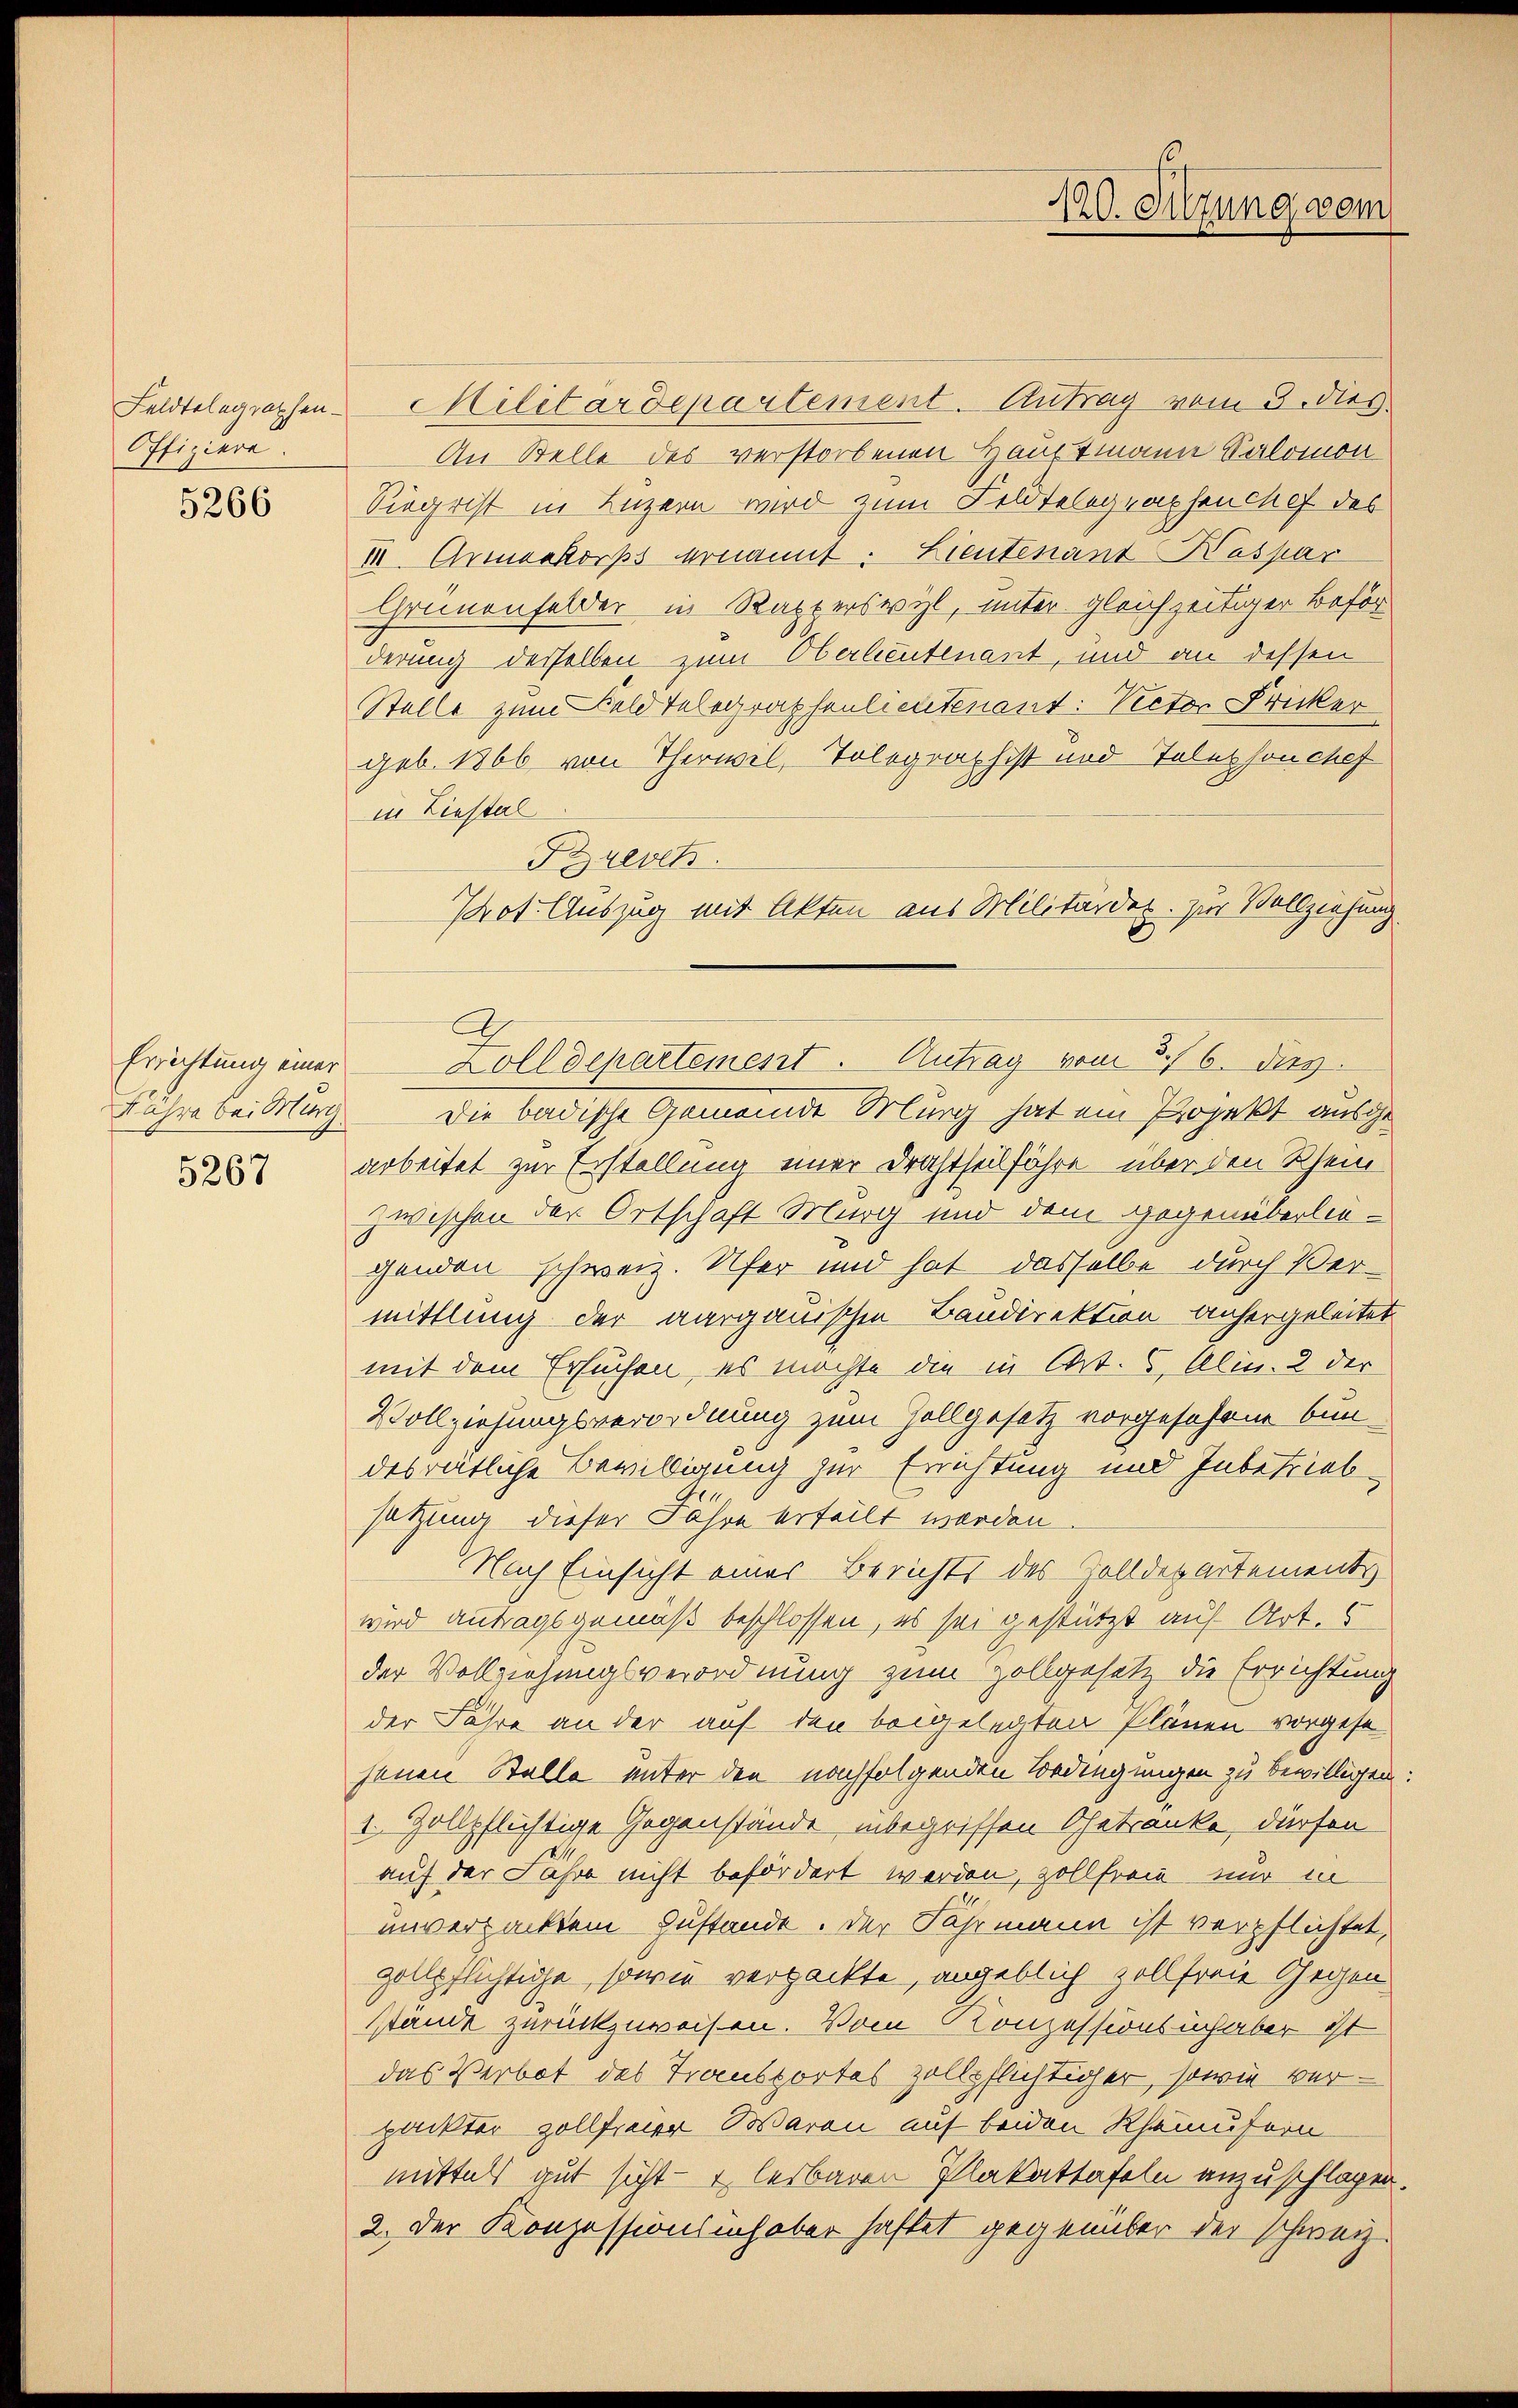
Feldtelegraphen¬
Offiziere.

5266

Errichtung einer
Fähre bei Murg
5267

Militärdepartement. Antrag vom 3. dies
An Stelle des verstorbenen Hauptmann Salomon
Siegrist in Luzern wird zum Feldtelegraphen chef des
VII. Armenkorps ernannt. Lieutenant Kaspar
Grünenfelder in Ratterswyl, unter gleichzeitiger Beför
derung derselben zum Oberleutenant, und an dessen
Stelle zum Feld Telegraphenlieutenant: Rector Fricker
geb. 1866 von Therwil, Tolegraphist und Telephonchef
in Liestal
Frevets.
Die Badische Gemeinde Murg hat ein Projekt ausgearbeitet zur Erstellung einer Drahtheilfahre über den Rhein
zwischen der Ortschaft Murg und dem Gegenüberliegenden schweiz. Ufer und hat dasselbe durch Vermittlung der aargauischen Baudirektion anhergeleitet
mit dem Ersuchen, es möchte die in Art. 6, Alin. 2 der
Vollziehungsverordnung zum Zollgesetz vorgesehene bun-
desrätliche Bewilligung zur Errichtung und Inbetrieb
satzung dieser Fähre erteilt worden.
Nach Einsicht eines Berichts des Zolldepartements
wird antragsgemäß beschlossen, es sei gestürzt auf Art. 5
der Vollziehungsverordnung zum Zollgesetz die Errichtung
der Fahre an der auf den beigelegten Plänen vorgese
jenen Stelle unter den nachfolgenden Vordingungen zu bewilligen:
1. Zollpflichtige Gegenstände inbegriffen Getränke, dürfen
auf der Fahre nicht befördert werden, zollfreie nur in
unverpacktem Zustande. Der Fahrmann ist verpflichtet,
gollpflichtige, sowie verpackte, angeblich zollfreie Gegen
stande zurückzuweisen. Vom Konzessionsinhaber ist
das Verbot des Transportes zollpflichtiger, sowie verpackter zollfreier Waren auf beiden Rhamufern
mittels gut sicht - u. lesbaren Plakattafeln anzuschlagen.
2. Der Konzessionsinhaber haftet gegenüber der schweiz.

Prot. Auszug mit Akten aus Militärdex. zur Vollziehung
Zolldepartement. Antrag vom 3./6. ds.

120. Sitzung gem